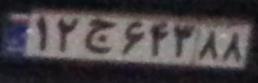
۱۲ج۶۴۳۸۸